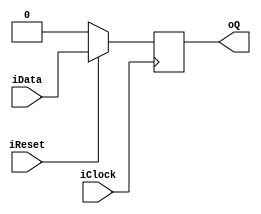
/******************
	FileName	:	DFFSyncRreset.v
	Author	:	daniel
	Description	:	Example of a rising edge flip-flop width sychronouse reset
	Revision	:	2017/12/20
	Company	:	***********
	code	:	Verilog-2001
************************/
module DFFSyncRreset #(parameter DELAY = 1) (
input 	  iData,iReset,iClock,
output reg oQ);
always @(posedge iClock)
	if(~iReset)
		oQ <= #DELAY 1'b0;
	else
		oQ <= #DELAY iData;
endmodule